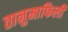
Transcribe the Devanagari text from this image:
तानुमाफिली